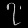
Digit: ၇